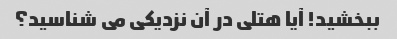
ببخشید! آیا هتلی در آن نزدیکی می شناسید؟